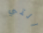
التي